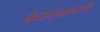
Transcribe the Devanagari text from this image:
केदारनाथजी